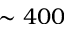
\sim 4 0 0